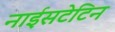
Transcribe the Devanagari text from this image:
नाईसटेटिन